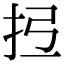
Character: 𢪕